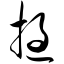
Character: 挝